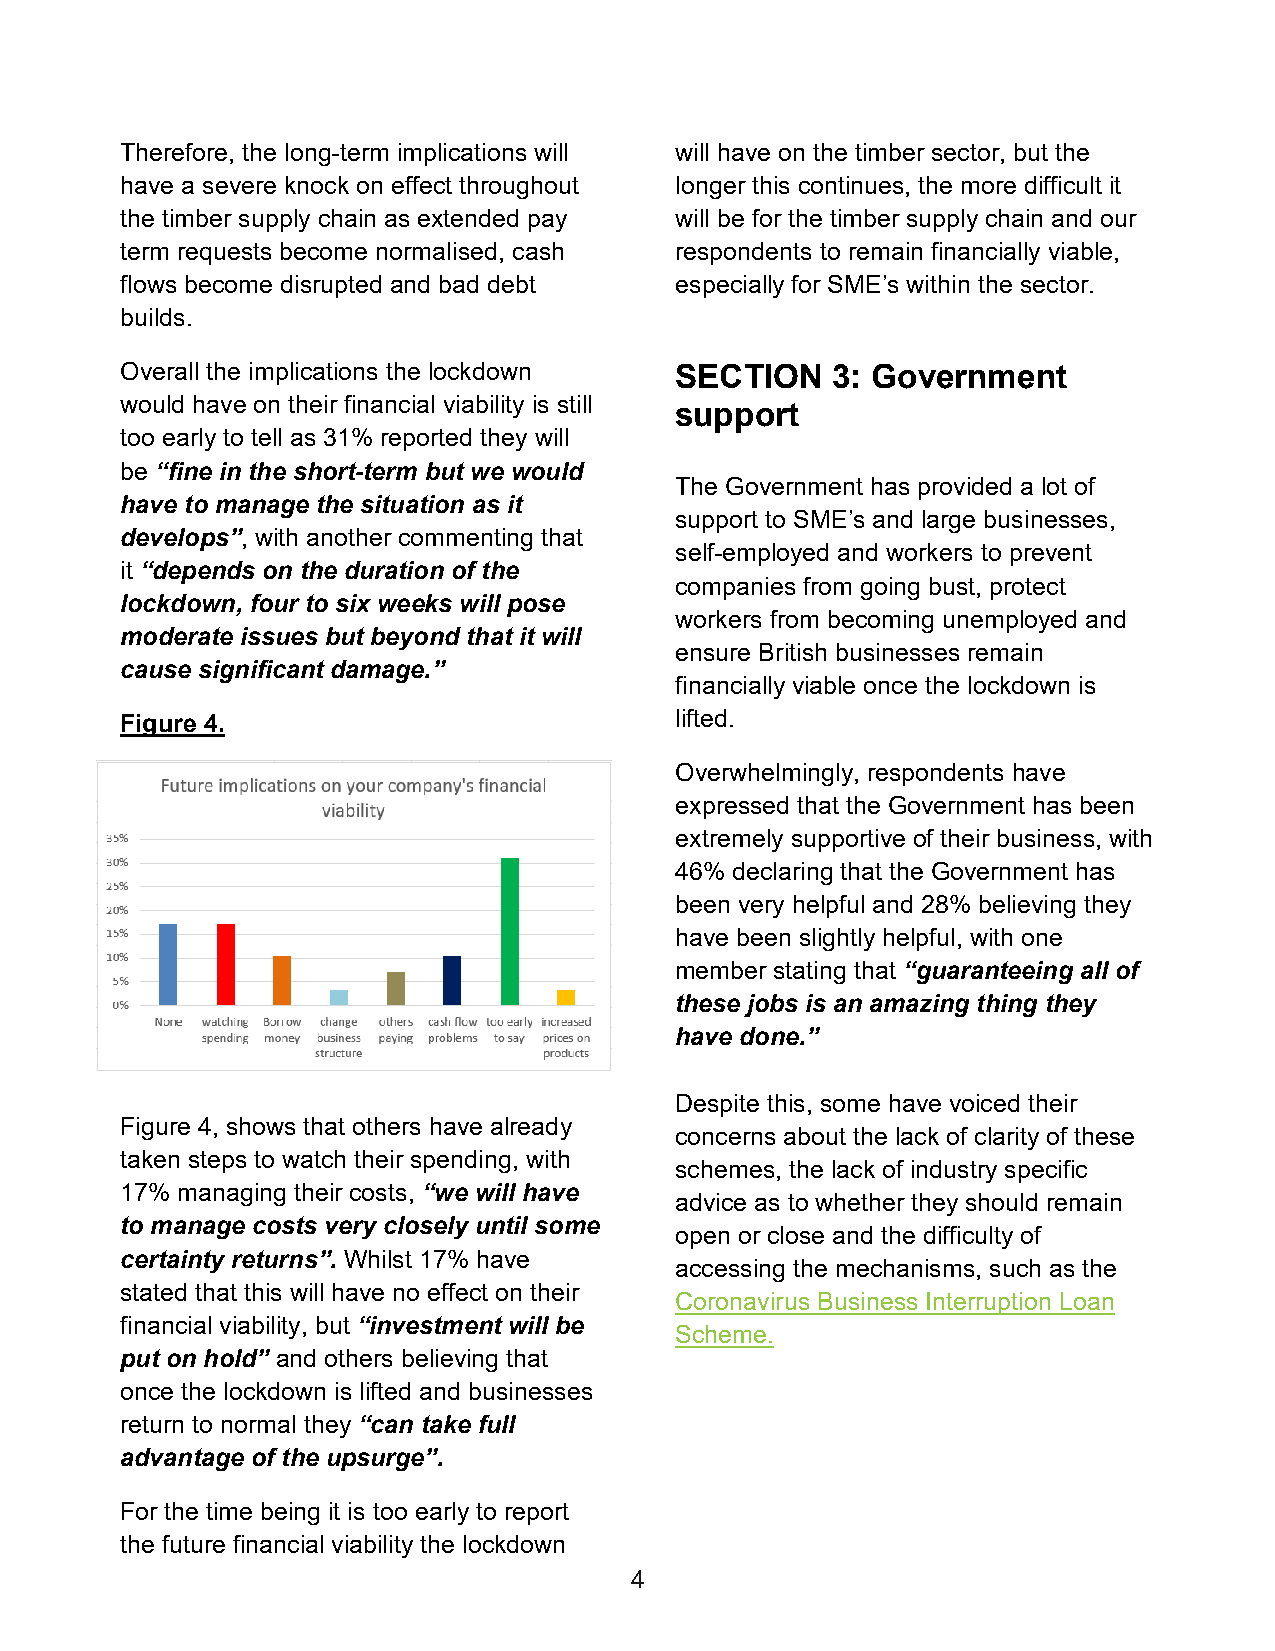
Therefore, the long-term implications will will have on the timber sector, but the
 have a severe knock on effect throughout longer this continues, the more difficult it
 the timber supply chain as extended pay will be for the timber supply chain and our
 term requests become normalised, cash respondents to remain financially viable,
 flows become disrupted and bad debt  especially for SME’s within the sector.
 builds.
 Overall the implications the lockdown SECTION  3: Government
 would have on their financial viability is still
 support
 too early to tell as 31% reported they will
 be “fine in the short-term but we would
 The Government has provided a lot of
 have to manage the situation as it
 support to SME’s and large businesses,
 develops”, with another commenting that
 self-employed and workers to prevent
 it “depends on the duration of the
 companies from going bust, protect
 lockdown, four to six weeks will pose
 workers from becoming unemployed and
 moderate issues but beyond that it will
 ensure British businesses remain
 cause significant damage.”
 financially viable once the lockdown is
 lifted.
 Figure 4.
 Overwhelmingly, respondents have
 expressed that the Government has been
 extremely supportive of their business, with
 46% declaring that the Government has
 been very helpful and 28% believing they
 have been slightly helpful, with one
 member stating that “guaranteeing all of
 these jobs is an amazing thing they
 have done.”
 Despite this, some have voiced their
 Figure 4, shows that others have already
 concerns about the lack of clarity of these
 taken steps to watch their spending, with
 schemes, the lack of industry specific
 17% managing their costs, “we will have
 advice as to whether they should remain
 to manage costs very closely until some
 open or close and the difficulty of
 certainty returns”. Whilst 17% have
 accessing the mechanisms, such as the
 stated that this will have no effect on their
 Coronavirus Business Interruption Loan
 financial viability, but “investment will be
 Scheme.
 put on hold” and others believing that
 once the lockdown is lifted and businesses
 return to normal they “can take full
 advantage of the upsurge”.
 For the time being it is too early to report
 the future financial viability the lockdown
 4